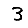
Digit: 3